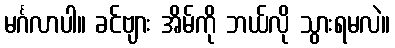
မင်္ဂလာပါ။ ခင်ဗျား အိမ်ကို ဘယ်လို သွားရမလဲ။